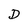
Character: D